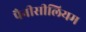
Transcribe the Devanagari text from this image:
पैनीसीलियम